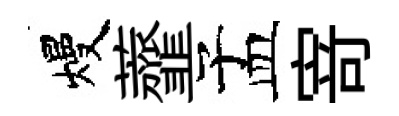
熳虀孟𭔃